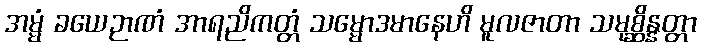
အမ္မံ ခယေဉာဏံ အာရညိကတ္တံ သမ္မောဒမာနေဟိ မူလဇာတာ သမုစ္ဆိန္နတ္တာ